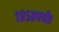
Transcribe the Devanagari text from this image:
१९५०पर्यंत